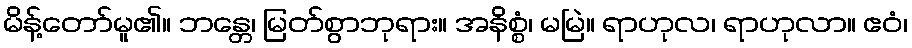
မိန့်တော်မူ၏။ ဘန္တေ၊ မြတ်စွာဘုရား။ အနိစ္စံ၊ မမြဲ။ ရာဟုလ၊ ရာဟုလာ။ ဧဝံ၊